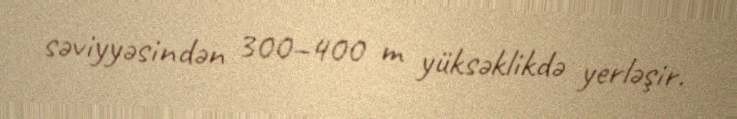
səviyyəsindən 300–400 m yüksəklikdə yerləşir.